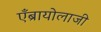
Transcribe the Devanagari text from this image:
एँब्रायोलाजी